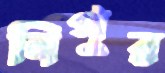
নিপুর